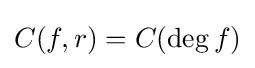
C(f,r)=C(\deg f)